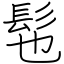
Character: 髢